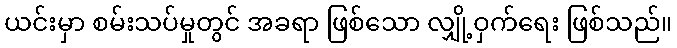
ယင်းမှာ စမ်းသပ်မှုတွင် အခရာ ဖြစ်သော လျှို့ဝှက်ရေး ဖြစ်သည်။